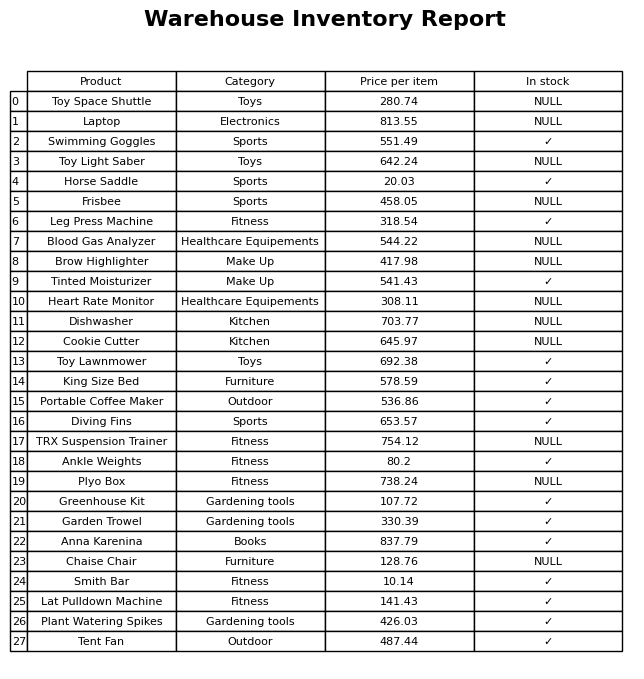
question: Is the Horse Saddle in stock?
answer: ✓